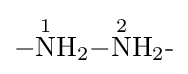
{{-}{\overset {1}{\mathrm {N} }}\mathrm {H} {\vphantom {A}}_{\smash[{t}]{2}}{-}{\overset {2}{\mathrm {N} }}\mathrm {H} {\vphantom {A}}_{\smash[{t}]{2}}{\text{-}}}